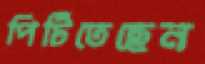
পিটিতেছেন